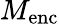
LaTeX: M_{\mathrm{enc}}